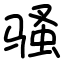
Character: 骚